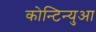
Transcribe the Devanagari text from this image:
कोन्टिन्युआ